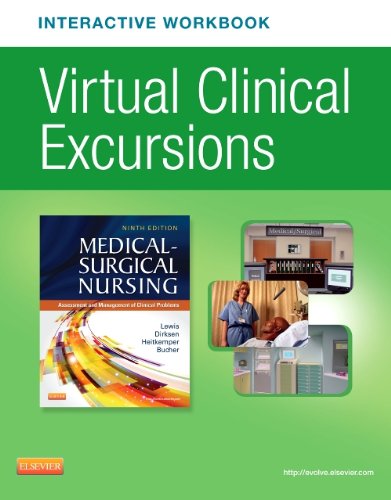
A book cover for Virtual Clinical Excursions Online and Print Workbook for Medical-Surgical Nursing, 9e; Sharon L. Lewis RN  PhD  FAAN; Medical Books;